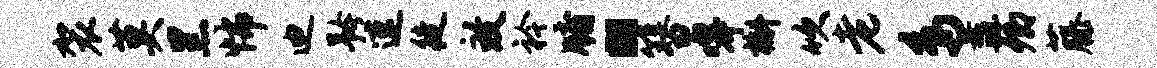
袈莫黑怖迪矜速徒致衿牖“簪嗥槲吹老鸟纛卿藤